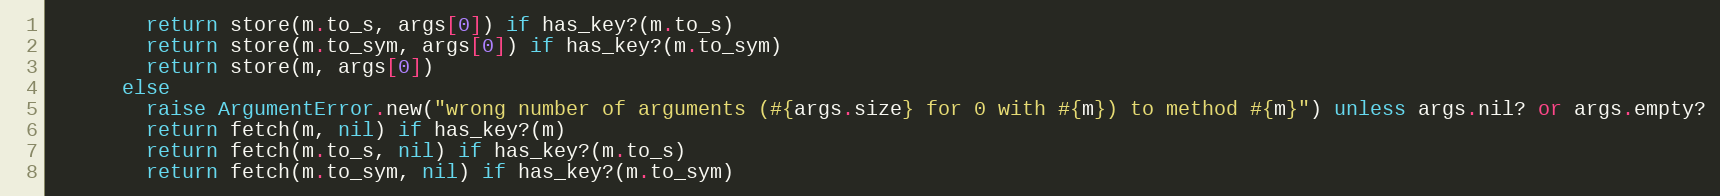
Language: Ruby
        return store(m.to_s, args[0]) if has_key?(m.to_s)
        return store(m.to_sym, args[0]) if has_key?(m.to_sym)
        return store(m, args[0])
      else
        raise ArgumentError.new("wrong number of arguments (#{args.size} for 0 with #{m}) to method #{m}") unless args.nil? or args.empty?
        return fetch(m, nil) if has_key?(m)
        return fetch(m.to_s, nil) if has_key?(m.to_s)
        return fetch(m.to_sym, nil) if has_key?(m.to_sym)